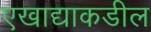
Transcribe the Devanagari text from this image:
एखाद्याकडील